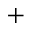
^ +